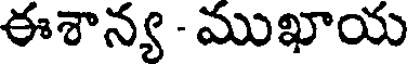
ఈశాన్య - ముఖాయ